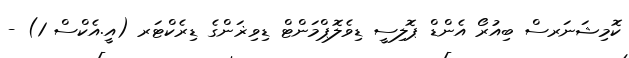
ކޮމިޝަނަރސް ބިއުރޯ އެންޑް ޕޮލިސީ ޑިވެލޮޕްމަންޓް ޑިވިޜަންގެ ޑިރެކްޓަރ (އީ.އެކްސް 1) -